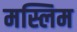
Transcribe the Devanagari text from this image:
मस्लिम